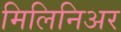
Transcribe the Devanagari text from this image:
मिलिनिअर